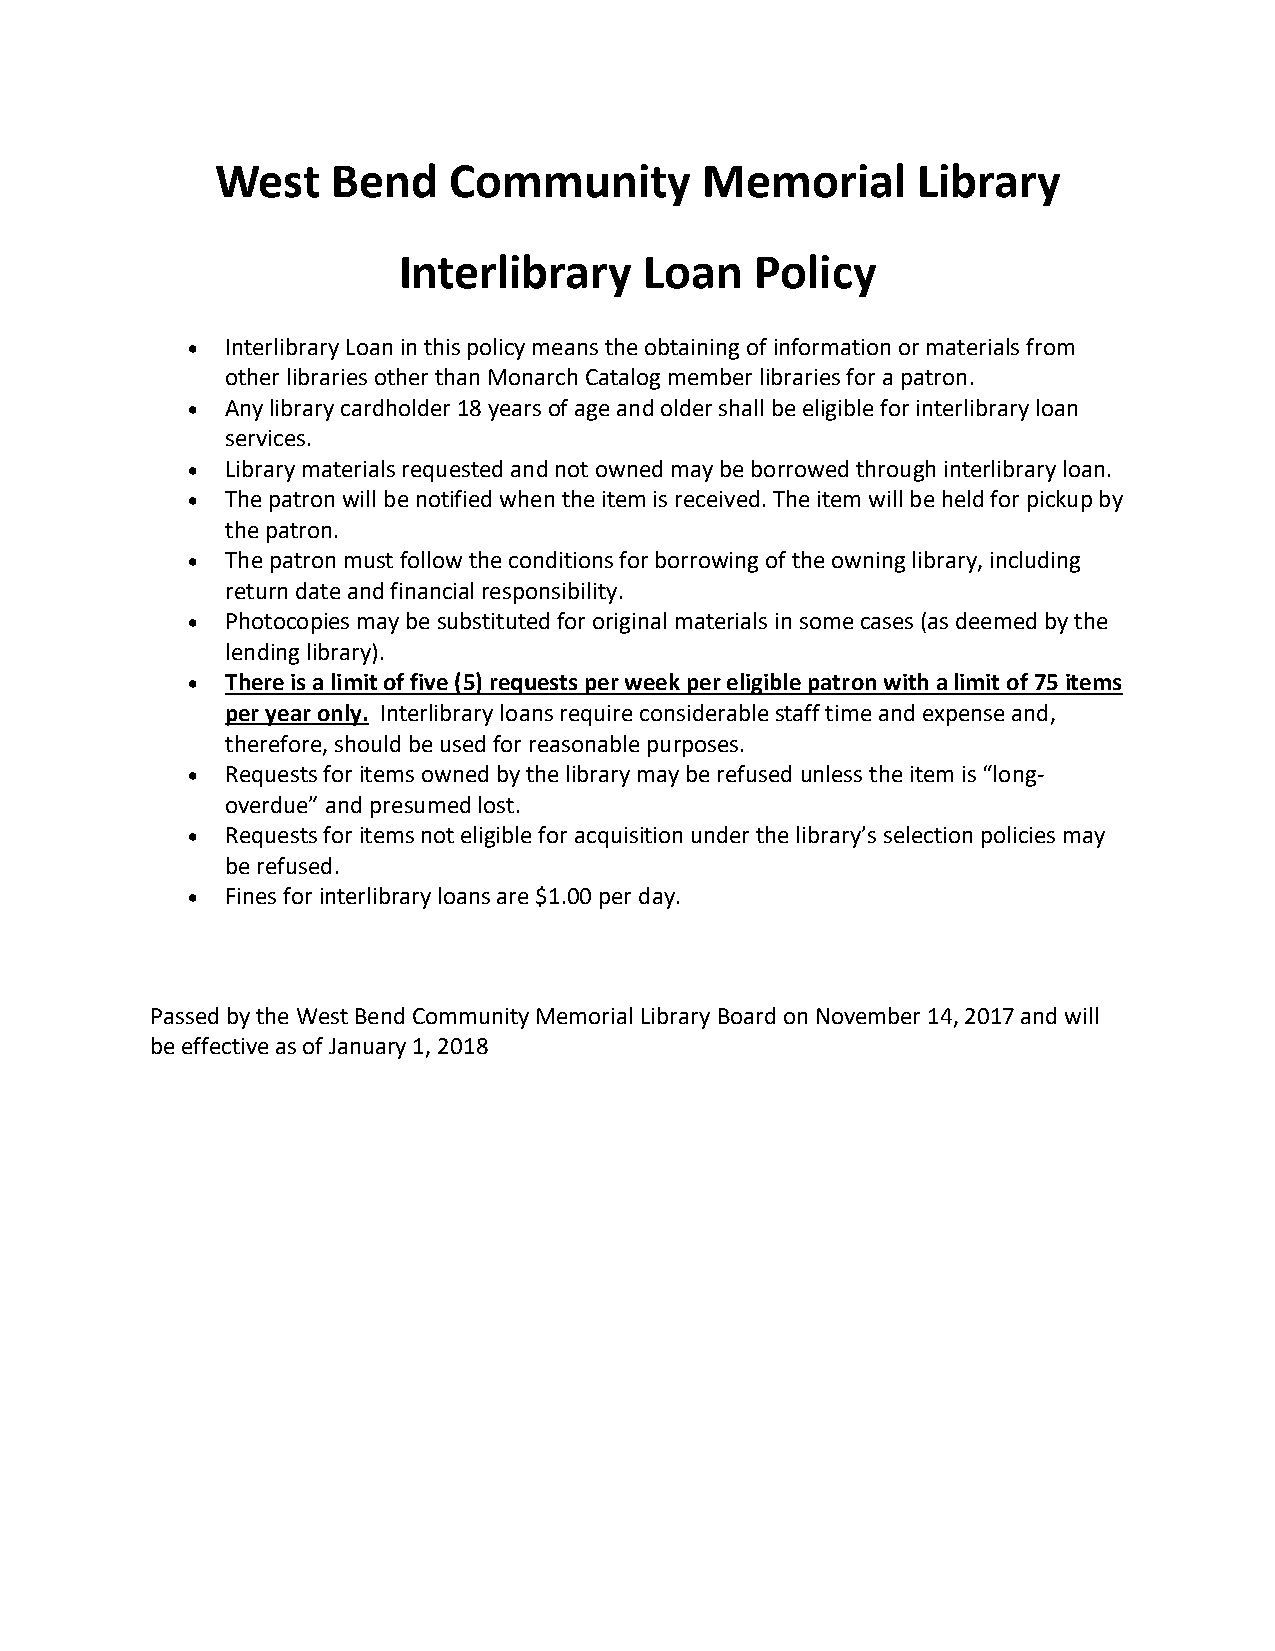
West    Bend    Community        Memorial      Library
 Interlibrary     Loan   Policy
   Interlibrary Loan in this policy means the obtaining of information or materials from
 other libraries other than Monarch Catalog member libraries for a patron.
   Any library cardholder 18 years of age and older shall be eligible for interlibrary loan
 services.
   Library materials requested and not owned may be borrowed through interlibrary loan.
   The patron will be notified when the item is received. The item will be held for pickup by
 the patron.
   The patron must follow the conditions for borrowing of the owning library, including
 return date and financial responsibility.
   Photocopies may be substituted for original materials in some cases (as deemed by the
 lending library).
   There is a limit of five (5) requests per week per eligible patron with a limit of 75 items
 per year only. Interlibrary loans require considerable staff time and expense and,
 therefore, should be used for reasonable purposes.
   Requests for items owned by the library may be refused unless the item is “long-
 overdue” and presumed lost.
   Requests for items not eligible for acquisition under the library’s selection policies may
 be refused.
   Fines for interlibrary loans are $1.00 per day.
 Passed by the West Bend Community Memorial Library Board on November 14, 2017 and will
 be effective as of January 1, 2018